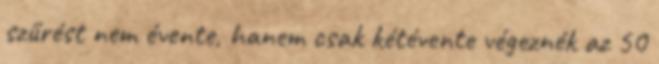
szűrést nem évente, hanem csak kétévente végeznék az 50